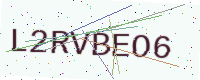
Text: L2RVBEO6